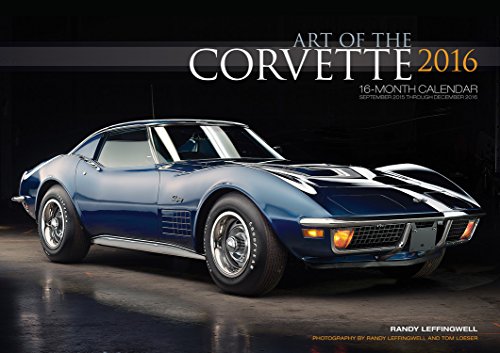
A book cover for Art of the Corvette Deluxe 2016: 16-Month Calendar September 2015 through December 2016 - Includes 17x12 Art Print 1966 Sting Ray L72 Convertible; Randy Leffingwell; Calendars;